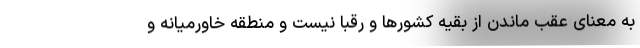
به معنای عقب ماندن از بقیه کشورها و رقبا نیست و منطقه خاورمیانه و